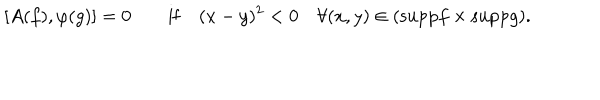
LaTeX: [ A ( f ) , \varphi ( g ) ] = 0 \quad \quad \mathrm { i f } \quad ( x - y ) ^ { 2 } < 0 \quad \forall ( x , y ) \in ( \mathrm { s u p p } f \times \mathrm { s u p p } g ) .